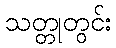
သတ္တုတွင်း